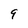
Character: 9